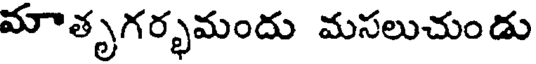
మాతృగర్భమందు మసలుచుండు